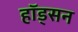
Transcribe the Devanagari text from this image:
हॉड्सन